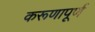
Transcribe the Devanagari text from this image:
करूणापूर्ण